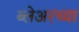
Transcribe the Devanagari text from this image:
ब्लेअरच्या